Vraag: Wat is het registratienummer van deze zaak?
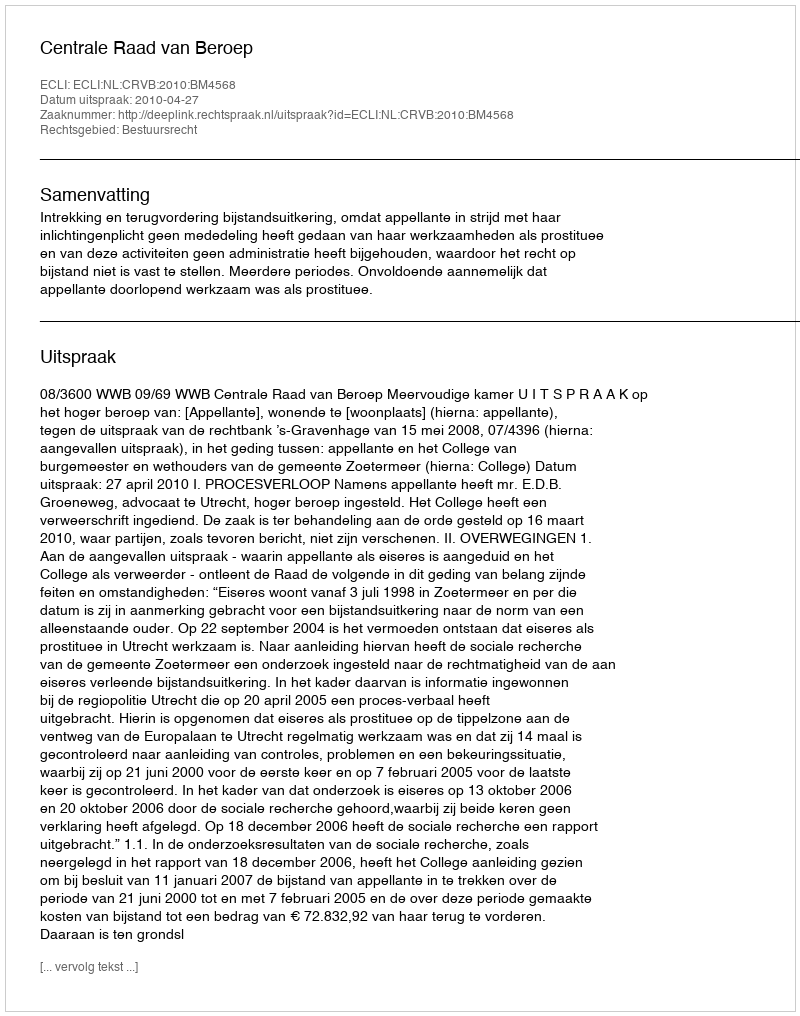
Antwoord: http://deeplink.rechtspraak.nl/uitspraak?id=ECLI:NL:CRVB:2010:BM4568